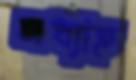
মধ্যাহ